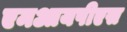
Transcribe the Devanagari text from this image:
एमआयपीएस